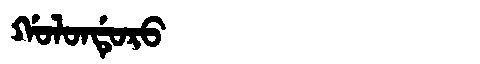
Manchu: ᡤᠣᠯᠣᠨᡩᡠᡵᠣ
Romanization: GOLONDURO